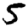
Digit: 5